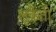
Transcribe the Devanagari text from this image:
लूक्रेती